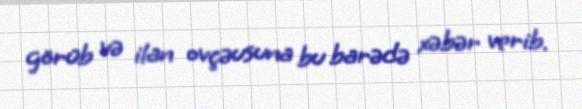
görüb və ilan ovçəusuna bu barədə xəbər verib.